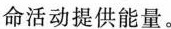
命活动提供能量。